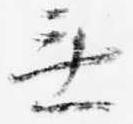
無